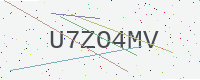
Text: U7ZO4MV